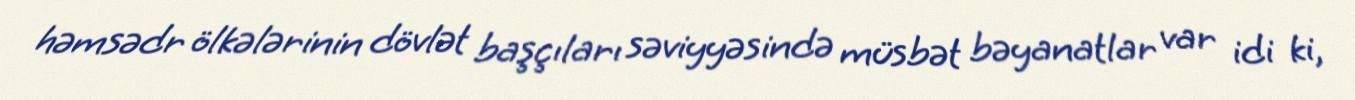
həmsədr ölkələrinin dövlət başçıları səviyyəsində müsbət bəyanatlar var idi ki,